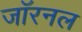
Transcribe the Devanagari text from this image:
जॉरनल